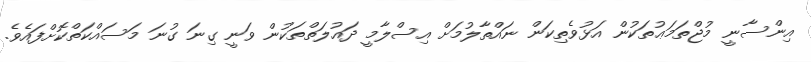
އިންސާނީ މުޖްތަމަޢުތަކުން އަޅުވެތިކަން ނައްތާލުމަށް އިސްލާމީ ދައުލަތްތަކުން ވަނީ ގިނަ ގުނަ މަސައްކަތްކޮށްފައެވެ.